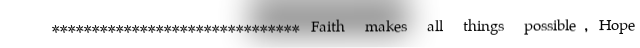
******************************* Faith makes all things possible, Hope